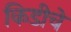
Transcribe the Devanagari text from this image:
किडीचे